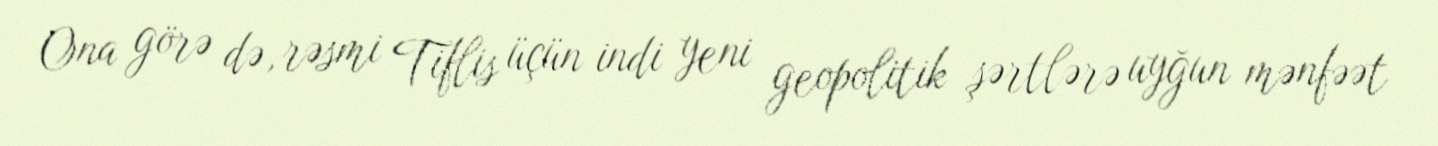
Ona görə də, rəsmi Tiflis üçün indi yeni geopolitik şərtlərə uyğun mənfəət